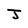
Character: J